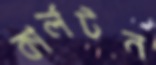
কার্লটন